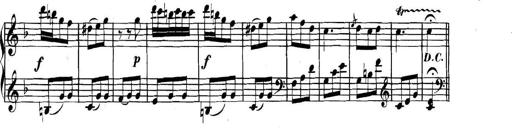
Title: Collected Piano Sonatas
Composer: Muzio Clementi